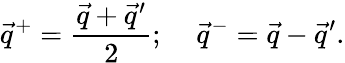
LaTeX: \vec{q}^{+}=\frac{\vec{q}+\vec{q}^{\prime}}{2};\; \; \; \; \vec{q}^{-}=\vec{q}-\vec{q}^{\prime}.